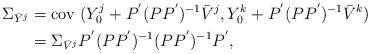
LaTeX: \begin{align*}\Sigma_{\bar{Y}^j} &= \mbox{cov } (Y_0^j + P ^{'} (P P ^{'}) ^{-1} \bar{V}^j , Y_0^k + P ^{'} (P P ^{'}) ^{-1} \bar{V}^k )\\& = \Sigma_{\bar{V}^j} P ^{'} (P P ^{'}) ^{-1} (P P ^{'}) ^{-1} P ^{'}, \\\end{align*}